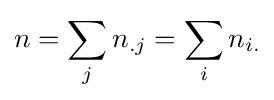
n=\sum _{j}n_{.j}=\sum _{i}n_{i.}